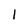
Character: l